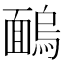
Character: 𩈺